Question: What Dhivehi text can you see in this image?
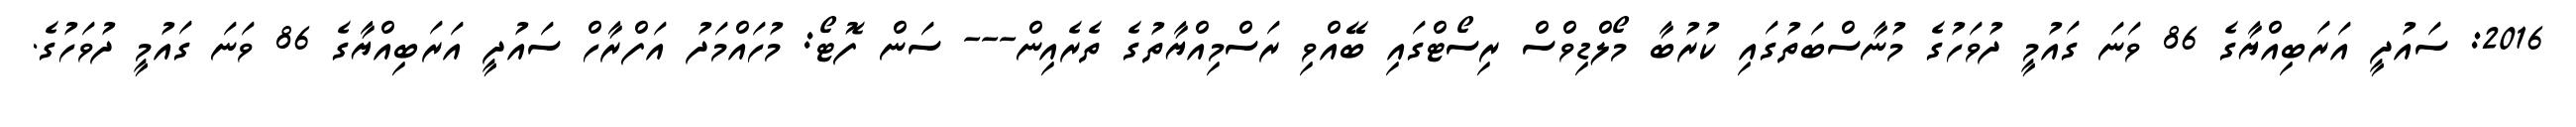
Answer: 2016: ސައުދީ އަރަބިއްޔާގެ 86 ވަނަ ގައުމީ ދުވަހުގެ މުނާސްބަތުގައި ކުރުބާ މޯލްޑިވްސް ރިސޯޓްގައި ބޭއްވި ރަސްމިއްޔާތުގެ ތެރެއިން--- ސަން ފޮޓޯ: މުހައްމަދު އަފްރާހް ސައުދީ އަރަބިއްޔާގެ 86 ވަނަ ގައުމީ ދުވަހުގެ.